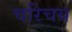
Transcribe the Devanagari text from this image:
चरिचय